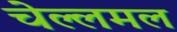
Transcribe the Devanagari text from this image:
चेल्लमल